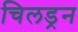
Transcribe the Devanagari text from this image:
चिलड्रन